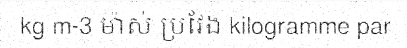
kg m-3 ម៉ាស់ ប្រវែង kilogramme par